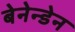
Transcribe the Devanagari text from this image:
बेनेन्डेन